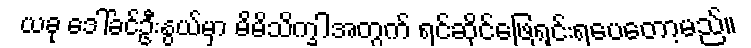
ယခု ဒေါ်ခင်ဦးနွယ်မှာ မိမိသိက္ခါအတွက် ရင်ဆိုင်ဖြေရှင်းရပေတော့မည်။